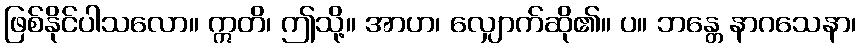
ဖြစ်နိုင်ပါသလော။ ဣတိ၊ ဤသို့။ အာဟ၊ လျှောက်ဆို၏။ ပ။ ဘန္တေ နာဂသေနာ၊